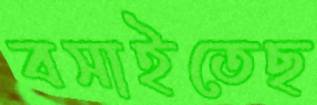
বসাইতেছ